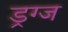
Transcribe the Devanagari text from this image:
ड्रग्ज